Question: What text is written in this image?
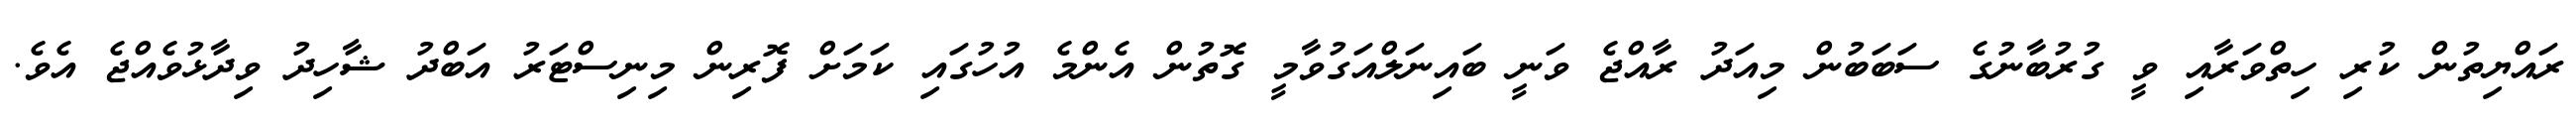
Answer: ރައްޔިތުން ކުރި ހިތްވަރާއި ވީ ގުރުބާނުގެ ސަބަބުން މިއަދު ރާއްޖެ ވަނީ ބައިނަލްއަގުވާމީ ގޮތުން އެންމެ އުހުގައި ކަމަށް ފޮރިން މިނިސްޓަރު އަބްދު ޝާހިދު ވިދާޅުވެއްޖެ އެވެ.